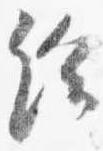
給